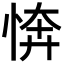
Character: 𢜘